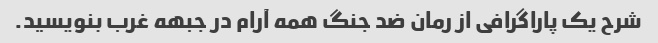
شرح یک پاراگرافی از رمان ضد جنگ همه آرام در جبهه غرب بنویسید.